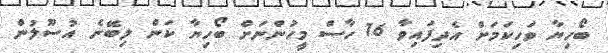
ބޯހިޔާ ވަހިކަމަށް އެދިފައިވާ 16 ހާސް މީހުންނަށް ބޯހިޔާ ކަން ލިބޭނެ އުސޫލުން